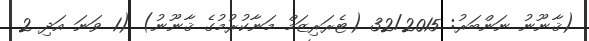
(ޤާނޫނު ނަންބަރު: 32/2015 (ޓެރަރިޒަމް މަނާކުރުމުގެ ޤާނޫނު) (1 ވަނަ އަދި 2